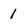
Character: 1